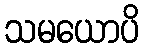
သမယောပိ